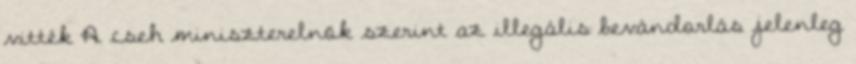
vitték A cseh miniszterelnök szerint az illegális bevándorlás jelenleg